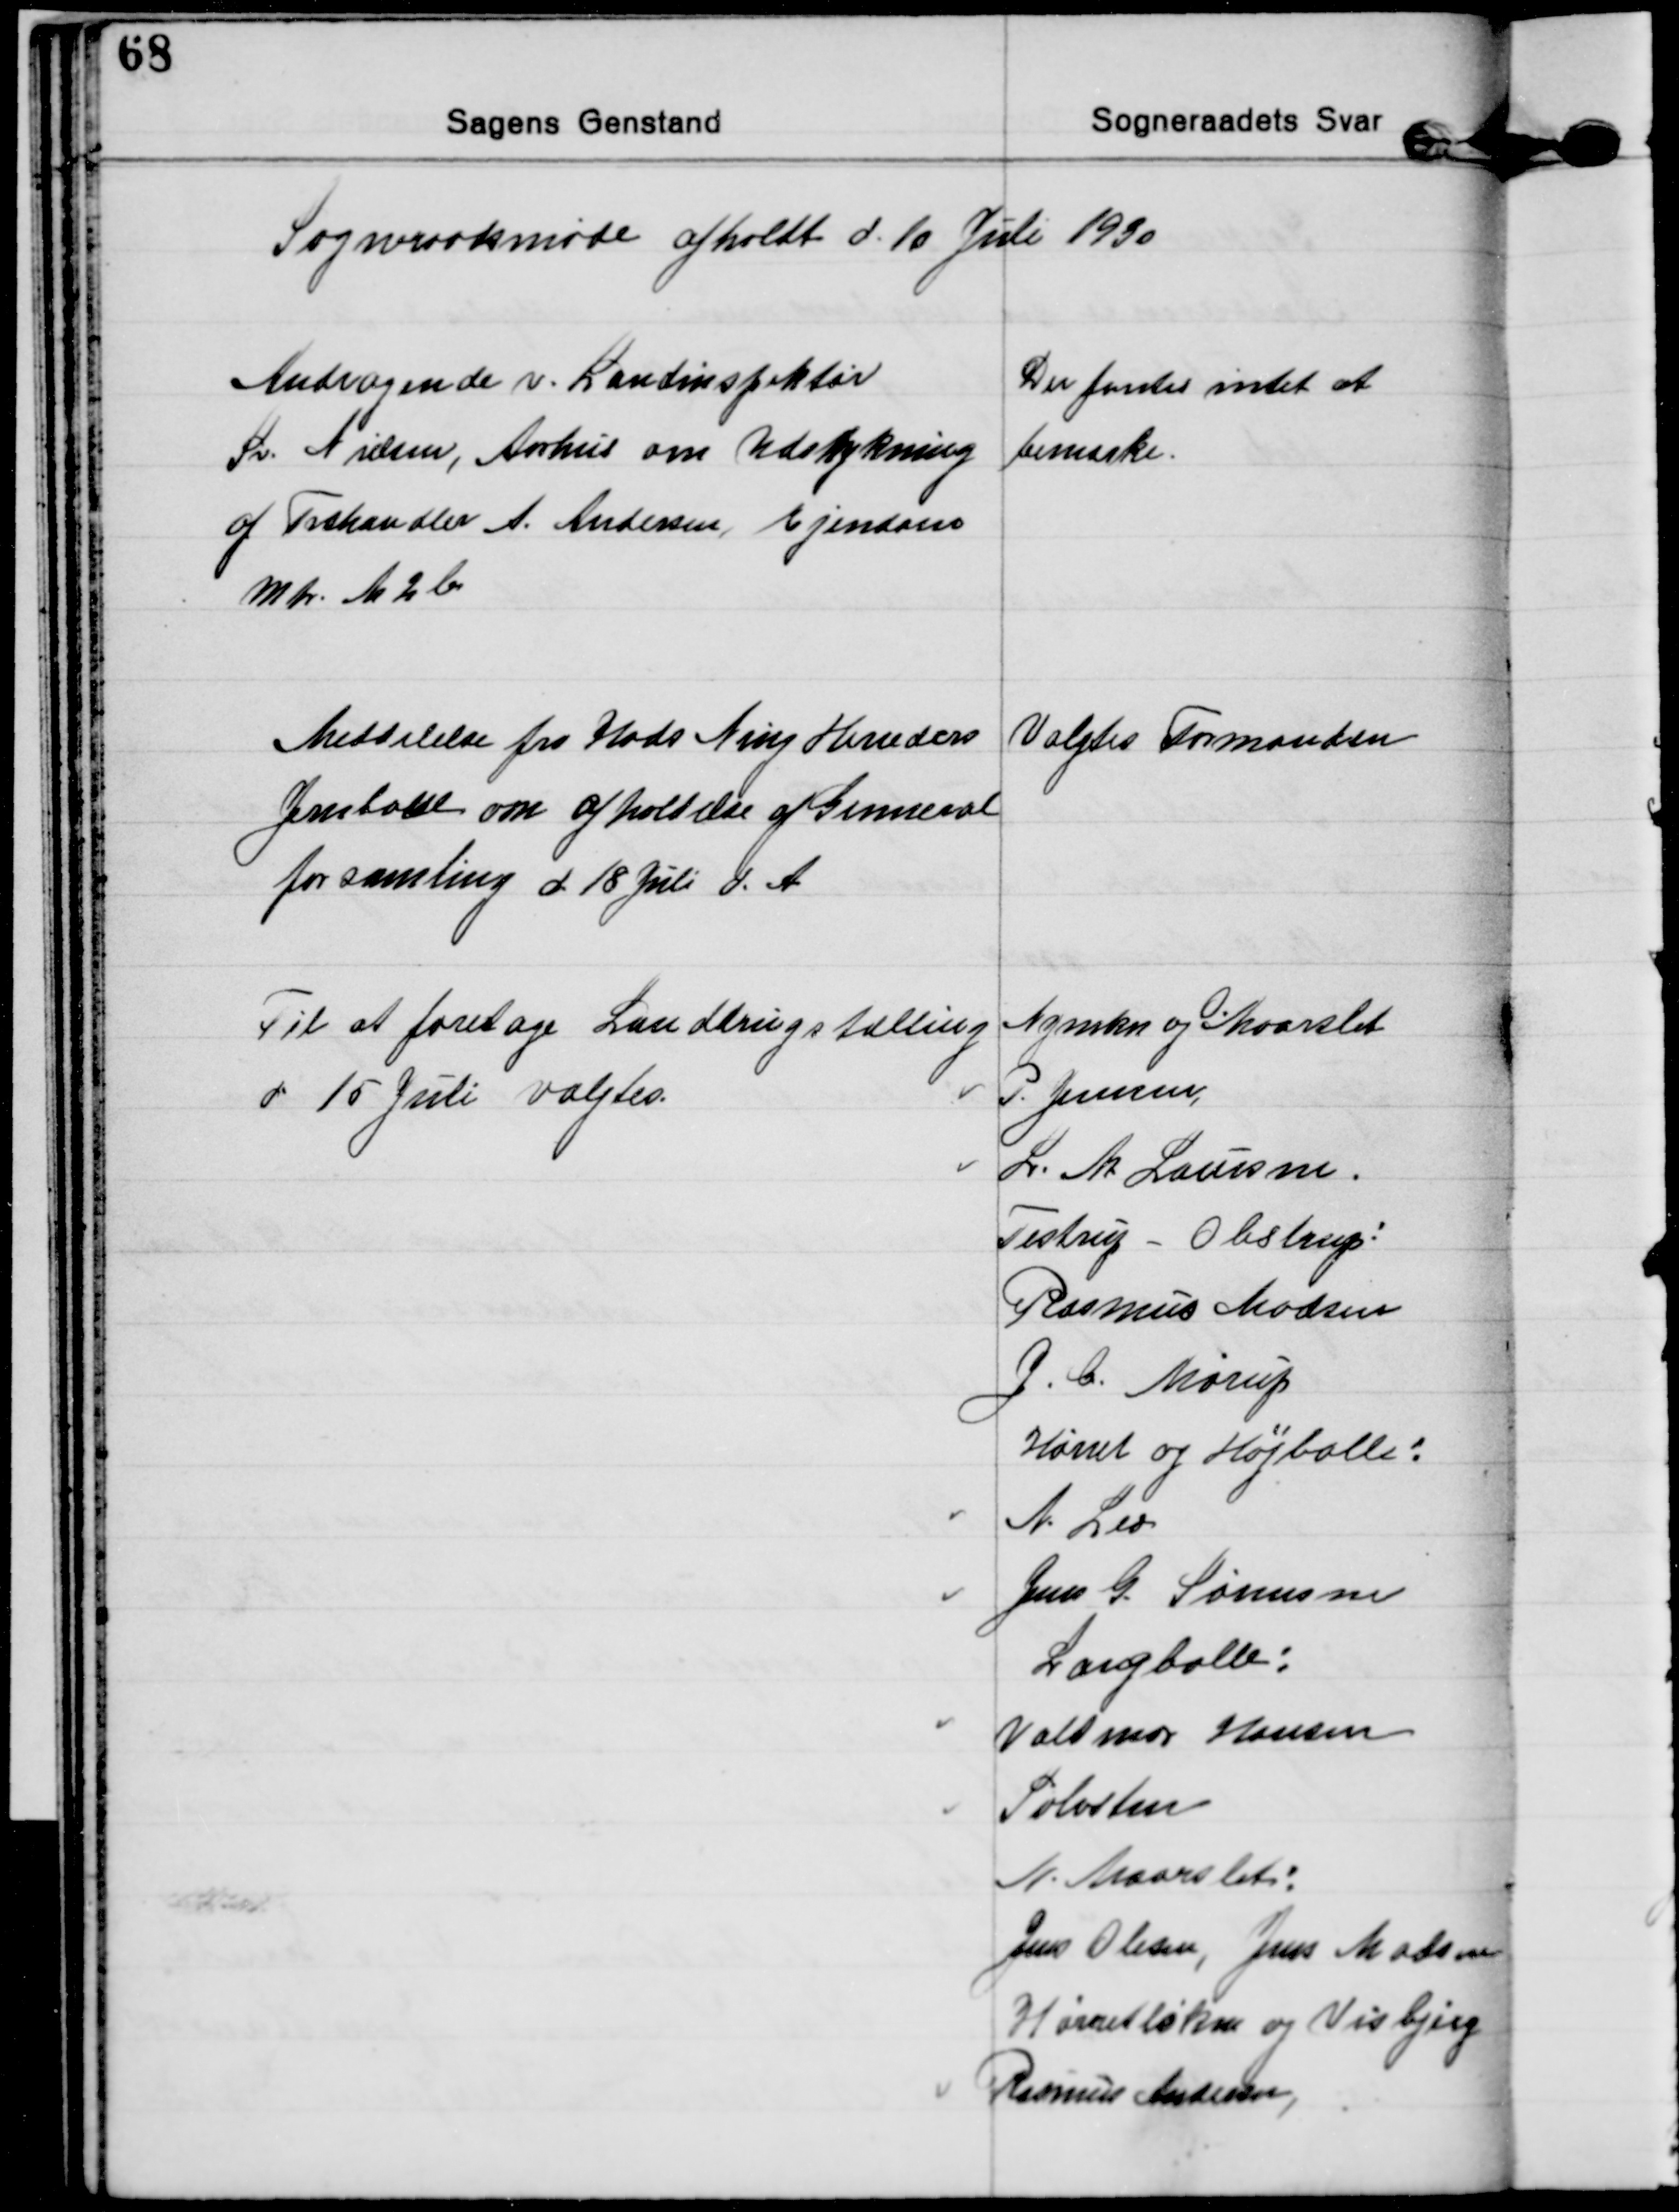
Transskription:
Sogneraadsmøde afholdt d. 10 Juli 1930

Andragende v. Landinspektør
Sv. Nielsen, Aarhus om Udstykning
af Træhandler A. Andersen, Ejendom
Mtr. N 2b
Der fantes intet at
bemærke.

Meddelelse fra Hads Ning Herreders
Jernbane om afholdelse af Genneral
forsamling d. 18 Juli d. A.
Valgtes Formanden

Til at foretage Landbrugstælling
d 15 Juli valgtes.
Nymkn. og Maarslet
P. Jensen,
L. M Laursen.
Testrup - Obstrup:
Rasmus Madsen
J. C. Mørup
Hørret og Højballe:
N. Leo
Jens G Sørensen
Langballe:
Valdmar Hansen
Sølvsten
N. Maarslet:
Jens Olesen, Jens Madsen
Hørretløken og Visbjerg
Rasmus Andersen,